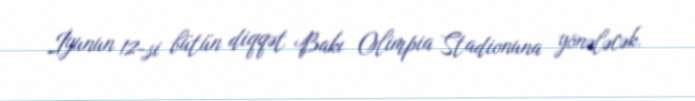
İyunun 12-si bütün diqqət Bakı Olimpia Stadionuna yönələcək.